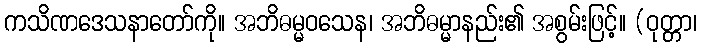
ကသိဏဒေသနာတော်ကို။ အဘိဓမ္မဝသေန၊ အဘိဓမ္မာနည်း၏ အစွမ်းဖြင့်။ (ဝုတ္တာ၊